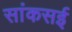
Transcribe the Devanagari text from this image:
सांकसई